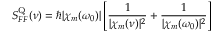
S _ { F F } ^ { \mathrm { Q } } ( \nu ) = \hbar | \chi _ { m } ( \omega _ { 0 } ) | \left[ \frac { 1 } { | \chi _ { m } ( \nu ) | ^ { 2 } } + \frac { 1 } { | \chi _ { m } ( \omega _ { 0 } ) | ^ { 2 } } \right]